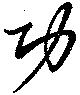
功